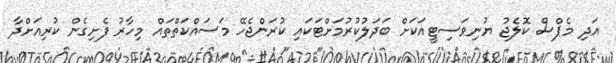
އަދި މެޕްސް ކޮލެޖު ޔުނިވަސިޓީއަކަށް ބަދަލުކުރުމަށްޓަކައި ކުރަންޖެހޭ މަސައްކަތްތައް މިހާރު ފެށިގެން ކުރިއަށްދާ